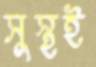
সুস্থই